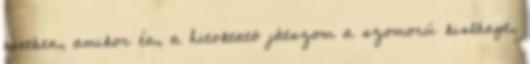
esetben, amikor én, a hitoktató játszom a szomorú kislányt,